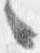
々